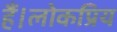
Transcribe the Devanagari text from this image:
हैं।लोकप्रिय